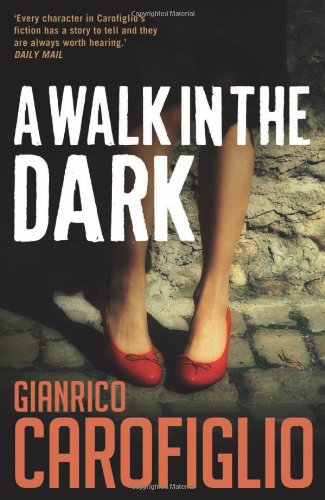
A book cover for A Walk in the Dark (Guido Guerrieri); Gianrico Carofiglio; Politics & Social Sciences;